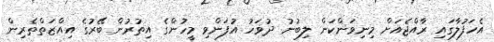
އެހަފުލާގައި ރާއްޖެއަށް މިނިވަންކަން ލިބުނު ދުވަހު އުފަންވި މީހުންގެ އިތުރުން ބޭރުގެ އިއްޒަތްތެރިން